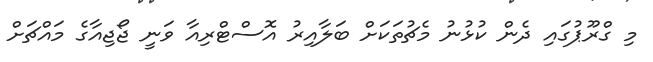
މި ގްރޫޕުގައި ދެން ކުޅުނު މެޗުތަކަށް ބަލާއިރު އޮސްޓްރިއާ ވަނީ ޖޯޖިއާގެ މައްޗަށް